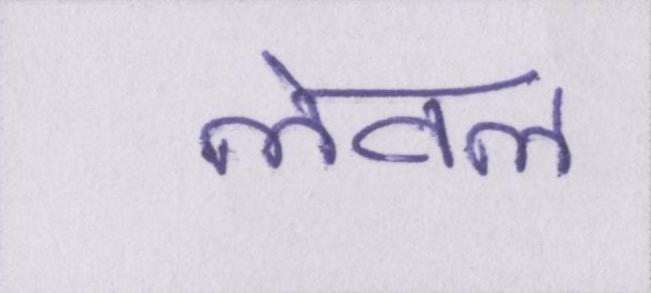
लेवल